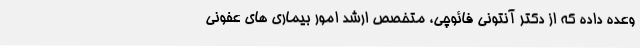
وعده داده که از دکتر آنتونی فائوچی، متخصص ارشد امور بیماری های عفونی